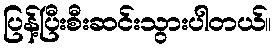
ပြန့်ပြီးစီးဆင်းသွားပါတယ်။